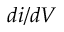
d i / d V